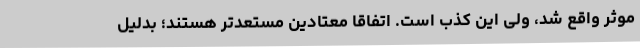
موثر واقع شد، ولی این کذب است. اتفاقاً معتادین مستعدتر هستند؛ بدلیل